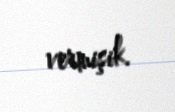
vermişik.